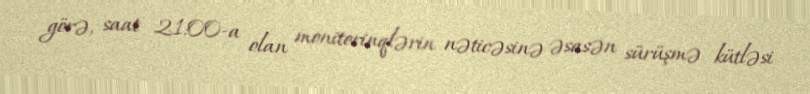
görə, saat 21:00-a olan monitorinqlərin nəticəsinə əsasən sürüşmə kütləsi